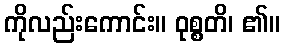
ကိုလည်းကောင်း။ ဝုစ္စတိ၊ ၏။